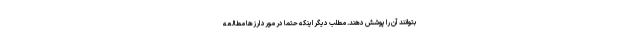
بتوانند آن را پوشش دهند. مطلب دیگر اینکه حتما در مورد ارزها مطالعه